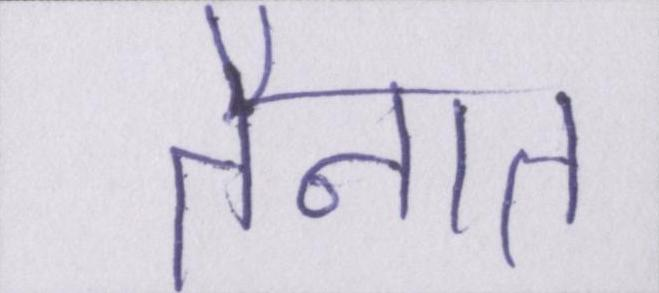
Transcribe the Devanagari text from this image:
तैनात